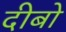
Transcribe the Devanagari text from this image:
दीबो